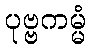
ပုဗ္ဗကမ္မံ